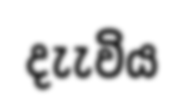
දැැවිය